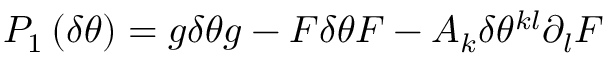
P _ { 1 } \left( \delta \theta \right) = g \delta \theta g - F \delta \theta F - A _ { k } \delta \theta ^ { k l } \partial _ { l } F